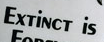
EXTiNCT is